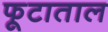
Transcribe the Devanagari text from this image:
फूटाताल